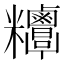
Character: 𥾁